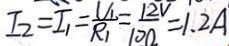
I _ { 2 } = I _ { 1 } = \frac { V _ { 1 } } { R _ { 1 } } = \frac { 1 2 V } { 1 0 \Omega } = 1 . 2 A